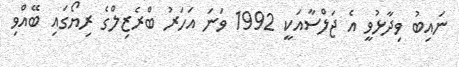
ނައިބު ވިދާޅުވީ އެ ޖަލްސާއަކީ 1992 ވަނަ އަހަރު ބްރެޒިލްގެ ރިޔޯގައި ބޭއްވި